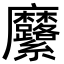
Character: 𮮍